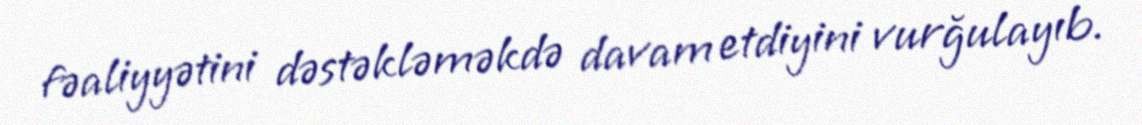
fəaliyyətini dəstəkləməkdə davam etdiyini vurğulayıb.